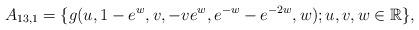
LaTeX: \begin{align*} A_{13,1}=\{g(u,1-e^{w},v,-ve^{w},e^{-w}-e^{-2w},w); u, v, w \in \mathbb R\}, \end{align*}